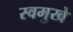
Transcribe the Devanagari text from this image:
स्वमुखे